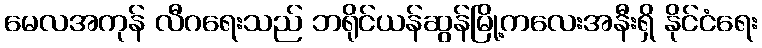
မေလအကုန် လီဂရေးသည် ဘရိုင်ယန်ဆွန်မြို့ကလေးအနီးရှိ နိုင်ငံရေး